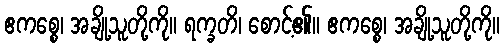
ဧကစ္စေ၊ အချို့သူတို့ကို။ ရက္ခတိ၊ စောင့်၏။ ဧကစ္စေ၊ အချို့သူတို့ကို။